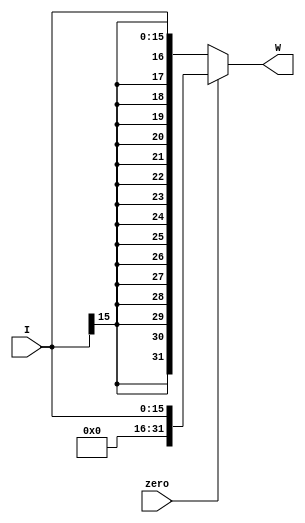
module SignExtend #(parameter inSize=16, outSize=32)
  (input [inSize-1:0]I,
   input zero,
   output [outSize-1:0]W);
   assign W = (zero) ? {{(outSize-inSize){1'b0}}, I[inSize-1:0]} :
                            {{(outSize-inSize){I[inSize-1]}}, I};
endmodule